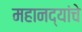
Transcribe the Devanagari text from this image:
महानद्यांचे